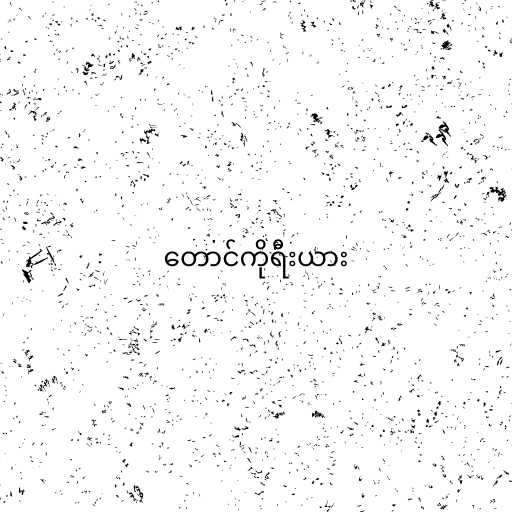
တောင်ကိုရီးယား